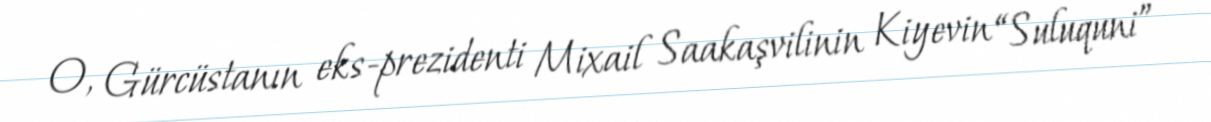
O, Gürcüstanın eks-prezidenti Mixail Saakaşvilinin Kiyevin “Suluquni”